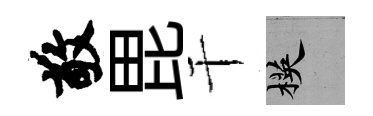
敬毘干楧